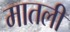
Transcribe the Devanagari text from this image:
मातली